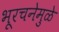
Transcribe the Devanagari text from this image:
भूरचनेमुळे